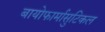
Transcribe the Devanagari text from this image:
बायोफार्मासुटिकल